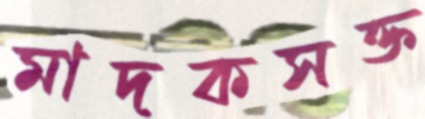
মাদকসক্ত